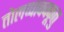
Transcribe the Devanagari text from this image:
तोलप्पावक्कूत्तु